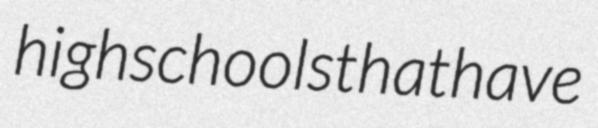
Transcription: high schools that have